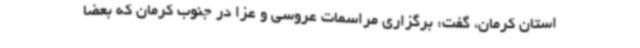
استان کرمان، گفت: برگزاری مراسمات عروسی و عزا در جنوب کرمان که بعضا